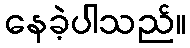
နေခဲ့ပါသည်။